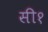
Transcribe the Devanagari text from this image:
सी१